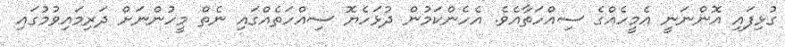
ގުޅިފައި އޮންނަނީ އެމީހެއްގެ ސިއްހަތާއެވެ. އެހެންކަމުން ދުޅަހެޔޮ ސިއްހަތެއްގައި ނެތް މީހުންނަށް ދަރިމައިވުމުގައި